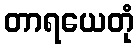
တာရယေတုံ